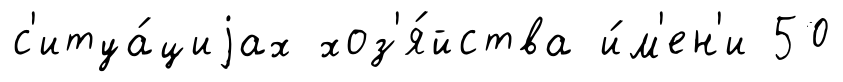
с'итуа́циjах хоз'я́йства и́м'ен'и 50